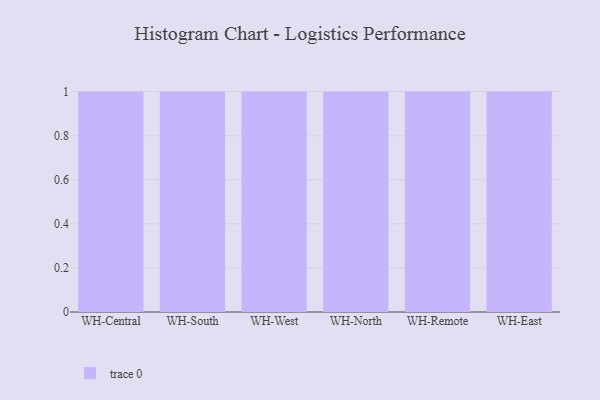
{"axis": {"x": "Warehouse", "y": "Temperature (°C)"}, "legend": [""], "data": [{"x": "WH-Central", "y": 70, "type": ""}, {"x": "WH-South", "y": 60, "type": ""}, {"x": "WH-West", "y": 70, "type": ""}, {"x": "WH-North", "y": 89, "type": ""}, {"x": "WH-Remote", "y": 64, "type": ""}, {"x": "WH-East", "y": 25, "type": ""}]}